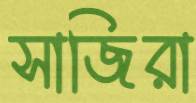
সাজিরা